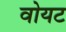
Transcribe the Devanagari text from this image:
वोयट